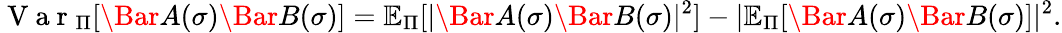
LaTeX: \mathrm{~V~a~r~}_{\Pi}[\Bar{A}(\sigma)\Bar{B}(\sigma)]=\mathbb{E}_{\Pi}[|\Bar{A}(\sigma)\Bar{B}(\sigma)|^{2}]-|\mathbb{E}_{\Pi}[\Bar{A}(\sigma)\Bar{B}(\sigma)]|^{2}.